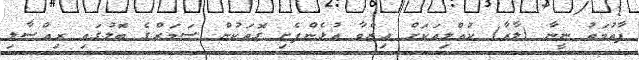
ފާތުމަތު ނީނާ (ލާރާ) ކުއްލިއަކަށް ޢިޒްވާ އުޅެންފެށި ގޮތަކުން ސަމަރްގެ ބޮލުގައި ރިއްސާލި